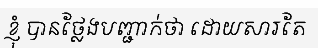
ខ្ញុំ បានថ្លែងបញ្ជាក់ថា ដោយសារតែ